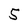
Character: 5